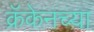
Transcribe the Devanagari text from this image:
क्रॅकेनच्या